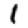
Digit: 1